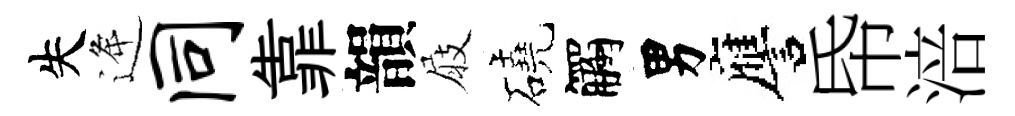
失逄同靠韻屐磽觸男譍帋涪